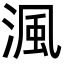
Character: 渢